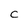
Character: C